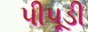
પીપૂડી